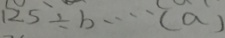
1 2 5 \div b \cdots ( a )